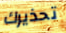
تحذيرك